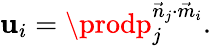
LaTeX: \mathbf{u}_{i}=\prodp_{j}^{{\vec{{n}}_{j}}\cdot{\vec{{m}}_{i}}}.